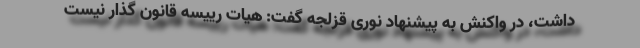
داشت، در واکنش به پیشنهاد نوری قزلجه گفت: هیات رییسه قانون گذار نیست